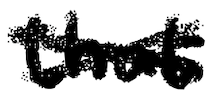
Text: that
Cross-out: mix
Writing tool: digital_black